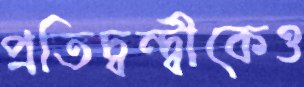
প্রতিদ্বন্দ্বীকেও